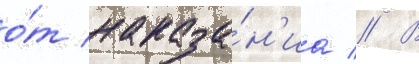
о́т наказа́н'иа // В